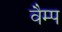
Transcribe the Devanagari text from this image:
वैम्प